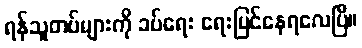
ရန်သူတပ်များကို ခပ်ရေး ရေးမြင်နေရလေပြီ။